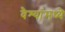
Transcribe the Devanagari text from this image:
वैश्यांमध्ये